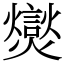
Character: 爕